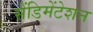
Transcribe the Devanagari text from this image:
सेंडिमेंटेशन